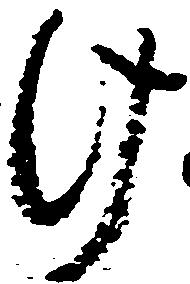
け